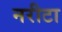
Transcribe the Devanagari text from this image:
नरीटा